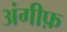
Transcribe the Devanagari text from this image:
अंगीफ़